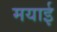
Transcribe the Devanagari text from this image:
मयाई